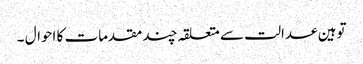
توہین عدالت سے متعلقہ چند مقدمات کا احوال ۔